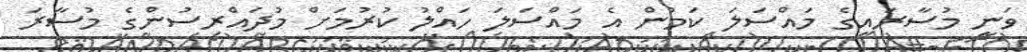
ވަނީ މުސާރައިގެ މައްސަލަ ކަމުން އެ މައްސަލަ ހައްލު ކުރުމަށް މުދައްރިސުންގެ މުސާރަ